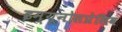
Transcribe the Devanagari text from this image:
इम्यूनोसप्रेसिव